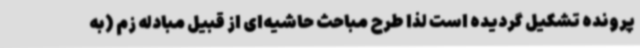
پرونده تشکیل گردیده است لذا طرح مباحث حاشیه‌ای از قبیل مبادله زم (به